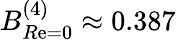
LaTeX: B_{R\mathrm{e}=0}^{(4)}\approx0.387